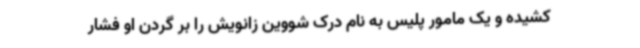
کشیده و یک مامور پلیس به نام درک شووین زانویش را بر گردن او فشار